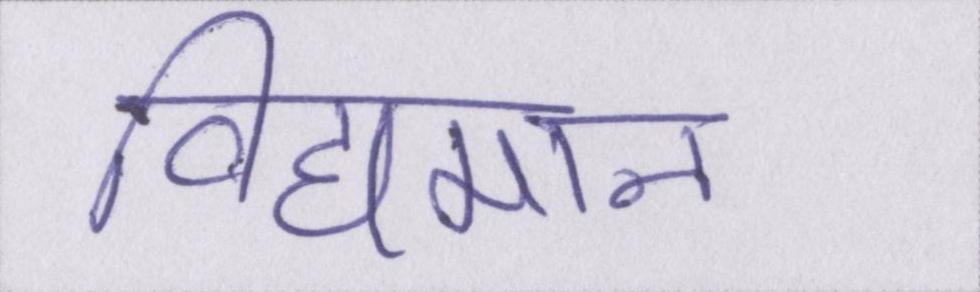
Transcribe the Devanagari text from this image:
विद्यमान।